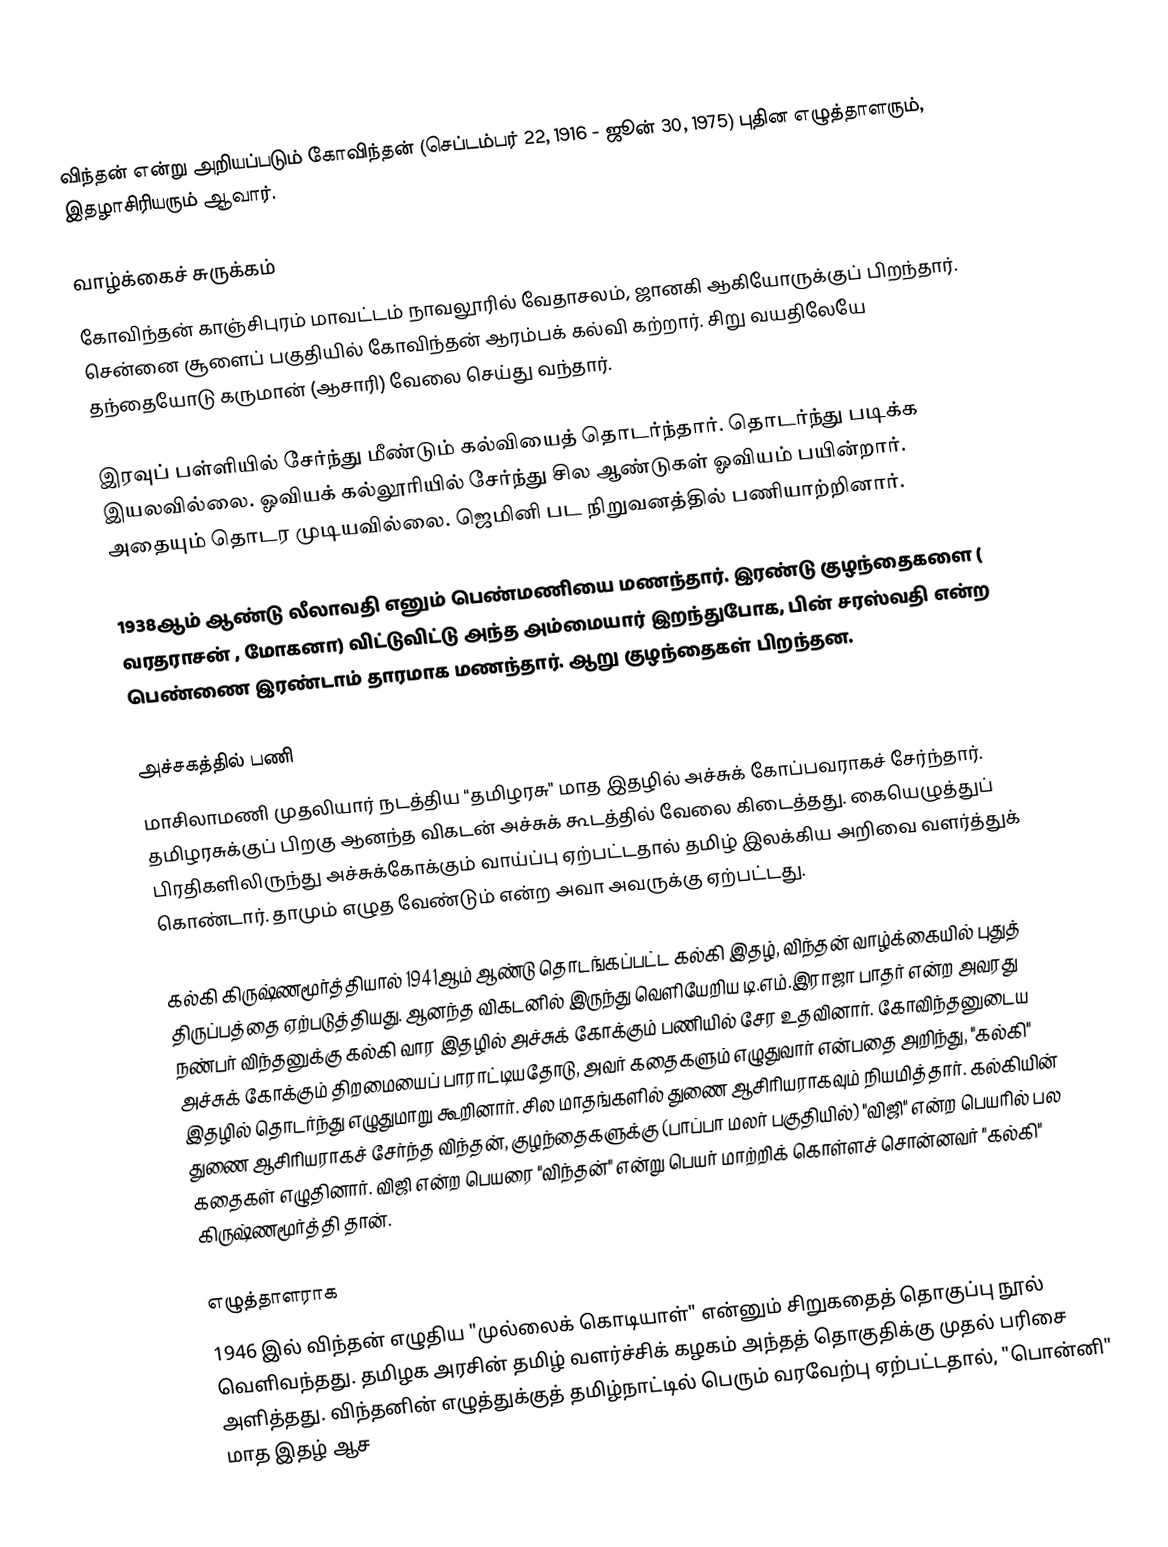
விந்தன் என்று அறியப்படும் கோவிந்தன் (செப்டம்பர் 22, 1916 - ஜூன் 30, 1975) புதின எழுத்தாளரும், இதழாசிரியரும் ஆவார்.

வாழ்க்கைச் சுருக்கம்
கோவிந்தன் காஞ்சிபுரம் மாவட்டம் நாவலூரில் வேதாசலம், ஜானகி ஆகியோருக்குப் பிறந்தார். சென்னை சூளைப் பகுதியில் கோவிந்தன் ஆரம்பக் கல்வி கற்றார். சிறு வயதிலேயே தந்தையோடு கருமான் (ஆசாரி) வேலை செய்து வந்தார்.

இரவுப் பள்ளியில் சேர்ந்து மீண்டும் கல்வியைத் தொடர்ந்தார். தொடர்ந்து படிக்க இயலவில்லை. ஓவியக் கல்லூரியில் சேர்ந்து சில ஆண்டுகள் ஓவியம் பயின்றார். அதையும் தொடர முடியவில்லை. ஜெமினி பட நிறுவனத்தில் பணியாற்றினார்.

1938ஆம் ஆண்டு லீலாவதி எனும் பெண்மணியை மணந்தார். இரண்டு குழந்தைகளை ( வரதராசன் , மோகனா) விட்டுவிட்டு அந்த அம்மையார் இறந்துபோக, பின் சரஸ்வதி என்ற பெண்ணை இரண்டாம் தாரமாக மணந்தார். ஆறு குழந்தைகள் பிறந்தன.

அச்சகத்தில் பணி
மாசிலாமணி முதலியார் நடத்திய "தமிழரசு" மாத இதழில் அச்சுக் கோப்பவராகச் சேர்ந்தார். தமிழரசுக்குப் பிறகு ஆனந்த விகடன் அச்சுக் கூடத்தில் வேலை கிடைத்தது. கையெழுத்துப் பிரதிகளிலிருந்து அச்சுக்கோக்கும் வாய்ப்பு ஏற்பட்டதால் தமிழ் இலக்கிய அறிவை வளர்த்துக் கொண்டார். தாமும் எழுத வேண்டும் என்ற அவா அவருக்கு ஏற்பட்டது.

கல்கி கிருஷ்ணமூர்த்தியால் 1941ஆம் ஆண்டு தொடங்கப்பட்ட கல்கி இதழ், விந்தன் வாழ்க்கையில் புதுத் திருப்பத்தை ஏற்படுத்தியது. ஆனந்த விகடனில் இருந்து வெளியேறிய டி.எம்.இராஜா பாதர் என்ற அவரது நண்பர் விந்தனுக்கு கல்கி வார இதழில் அச்சுக் கோக்கும் பணியில் சேர உதவினார். கோவிந்தனுடைய அச்சுக் கோக்கும் திறமையைப் பாராட்டியதோடு, அவர் கதைகளும் எழுதுவார் என்பதை அறிந்து, "கல்கி" இதழில் தொடர்ந்து எழுதுமாறு கூறினார். சில மாதங்களில் துணை ஆசிரியராகவும் நியமித்தார். கல்கியின் துணை ஆசிரியராகச் சேர்ந்த விந்தன், குழந்தைகளுக்கு (பாப்பா மலர் பகுதியில்) "விஜி" என்ற பெயரில் பல கதைகள் எழுதினார். விஜி என்ற பெயரை "விந்தன்" என்று பெயர் மாற்றிக் கொள்ளச் சொன்னவர் "கல்கி" கிருஷ்ணமூர்த்தி தான்.

எழுத்தாளராக
1946 இல் விந்தன் எழுதிய "முல்லைக் கொடியாள்" என்னும் சிறுகதைத் தொகுப்பு நூல் வெளிவந்தது. தமிழக அரசின் தமிழ் வளர்ச்சிக் கழகம் அந்தத் தொகுதிக்கு முதல் பரிசை அளித்தது. விந்தனின் எழுத்துக்குத் தமிழ்நாட்டில் பெரும் வரவேற்பு  ஏற்பட்டதால், "பொன்னி" மாத இதழ் ஆச